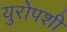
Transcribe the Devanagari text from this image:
युरोपशी